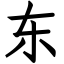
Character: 东